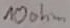
Text: 10ohm